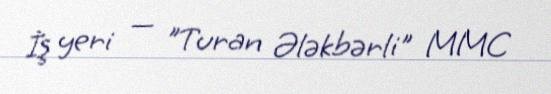
İş yeri — "Turan Ələkbərli" MMC